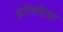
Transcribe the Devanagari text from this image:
वृत्तिचिया